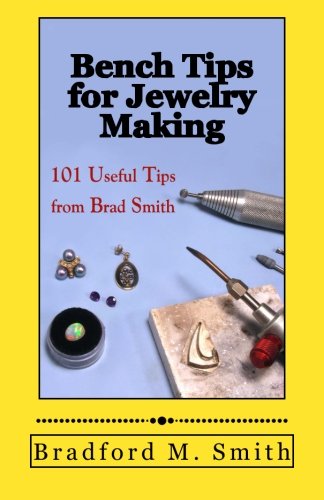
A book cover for Bench Tips for Jewelry Making: 101 Useful Tips from Brad Smith; Bradford M. Smith; Crafts, Hobbies & Home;